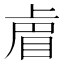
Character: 𭾴